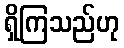
ရှိကြသည်ဟု